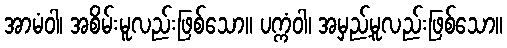
အာမံဝါ၊ အစိမ်းမူလည်းဖြစ်သော။ ပက္ကံဝါ၊ အမှည့်မူလည်းဖြစ်သော။